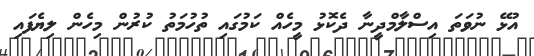
އުޅޭ ނުވަތަ އިސްލާމްދީނާ ދެކޮޅު މީހެއް ކަމުގައި ތުހުމަތު ކުރުން މިހެން ލިޔެފައި